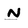
Character: n